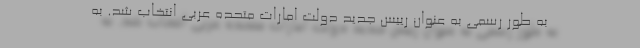
به طور رسمی به عنوان رییس جدید دولت امارات متحده عربی انتخاب شد. به